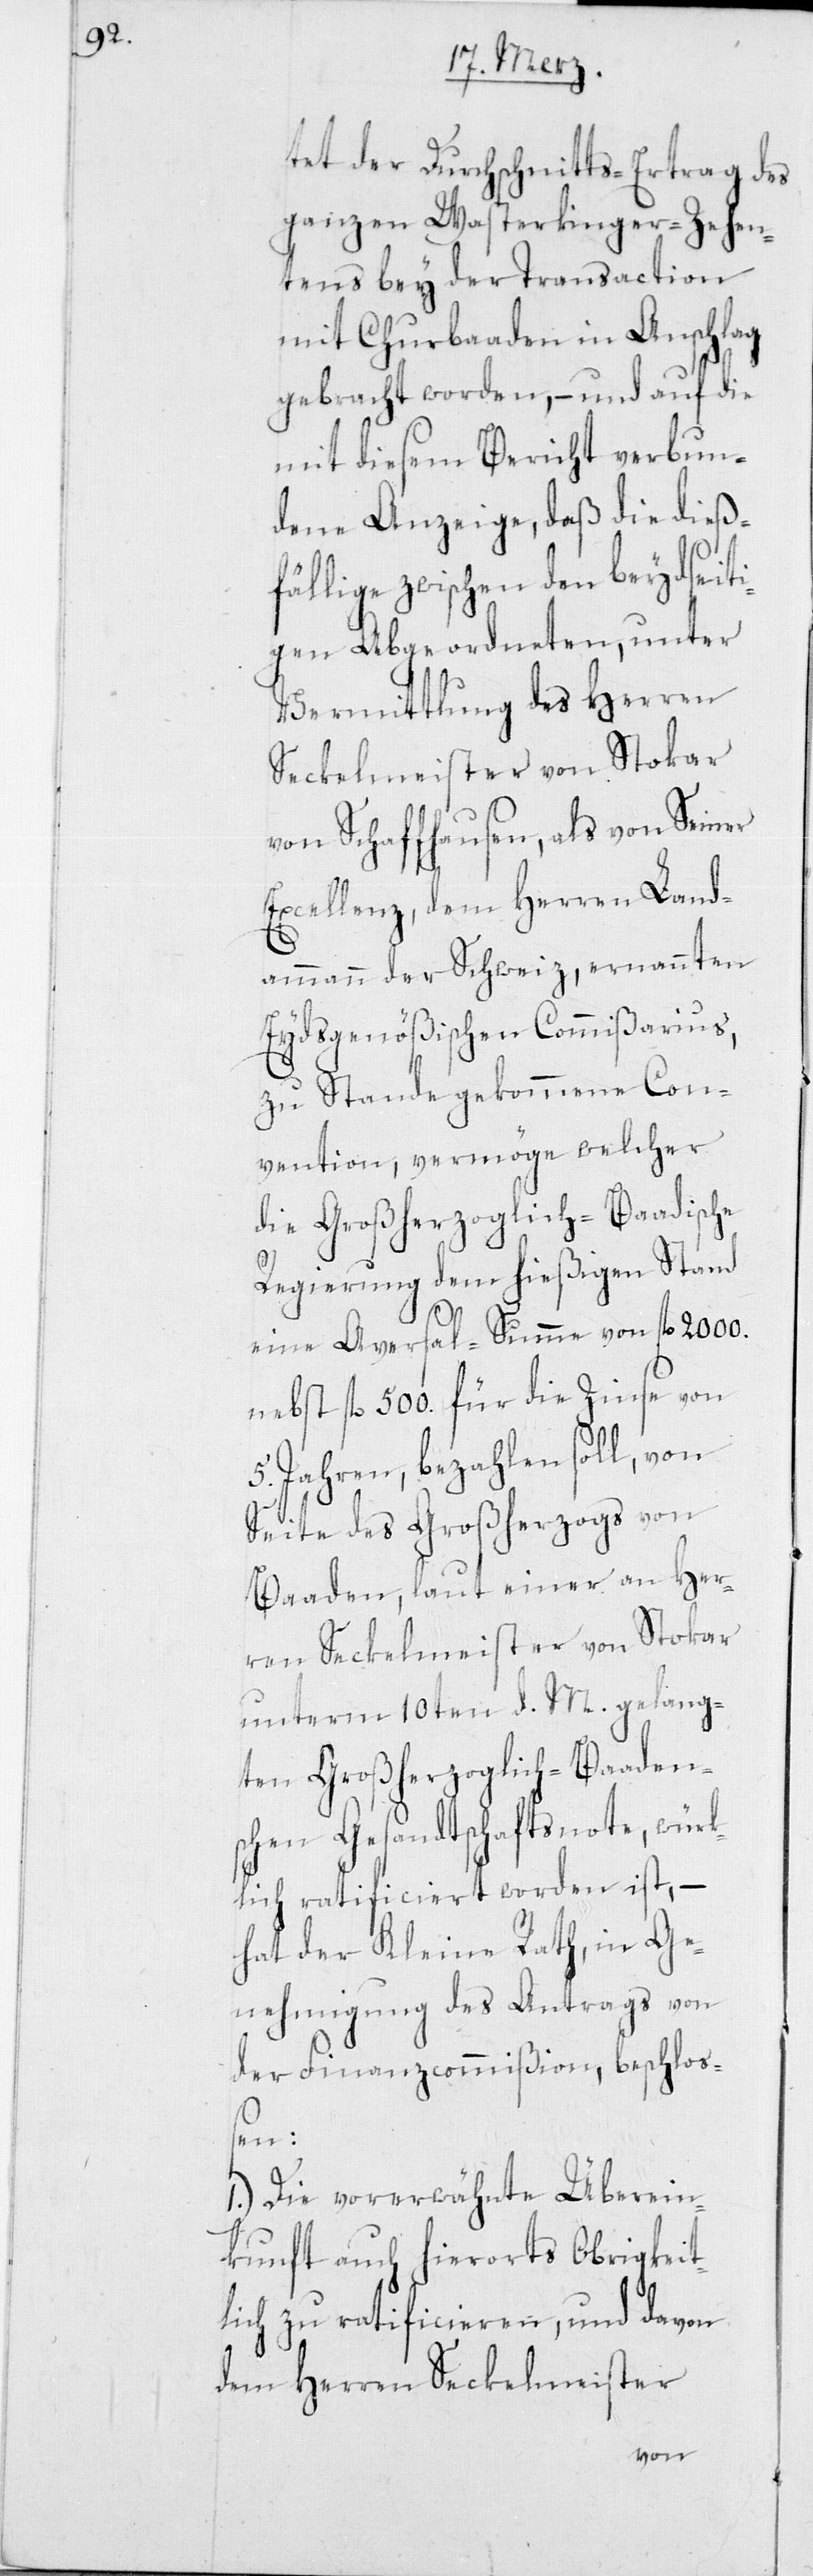
tet der Durchschnitts-Ertrag des
ganzen Wasterkinger-Zehen¬
tens bey der Transaction
mit Churbaaden in Anschlag
gebracht worden, – und auf die
mit diesem Bericht verbun¬
dene Anzeige, daß die dieß¬
fällige zwischen den beydseiti¬
gen Abgeordneten, unter
Vermittlung des Herren
Seckelmeister von Stokar
von Schaffhausen, als von Seiner
Excellenz, dem Herren Land¬
ammann der Schweiz, ernannten
Eydsgenößischen Commißarius,
zu Stande gekommene Con¬
vention, vermöge welcher
die Großherzoglich-Baadische
Regierung dem hießigen Stand
eine Aversal-Summe von fl. 2000.
nebst fl. 500. für die Zinse von
5. Jahren, bezahlen soll, von
Seite des Großherzogs von
Baaden, laut einer an Her¬
ren Seckelmeister von Stokar
unterm 10ten d. M. gelang¬
ten Großherzoglich-Baaden¬
schen Gesandtschaftsnote, würk¬
lich ratificiert worden ist, –
hat der Kleine Rath, in Ge¬
nehmigung des Antrags von
der Finanzcommißion, beschloß¬
en:
1.) Die vorerwähnte Überein¬
kunft auch hierorts Obrigkeit¬
lich zu ratificieren, und davon
dem Herren Seckelmeister